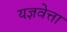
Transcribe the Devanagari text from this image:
यज्ञवेत्ता